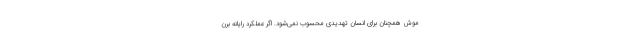
موش همچنان برای انسان تهدیدی محسوب نمی‌شود. اگر عملکرد رایانه برن